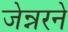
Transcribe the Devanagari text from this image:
जेन्नरने